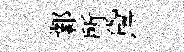
鄴所黛